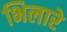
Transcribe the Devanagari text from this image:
भिलारे